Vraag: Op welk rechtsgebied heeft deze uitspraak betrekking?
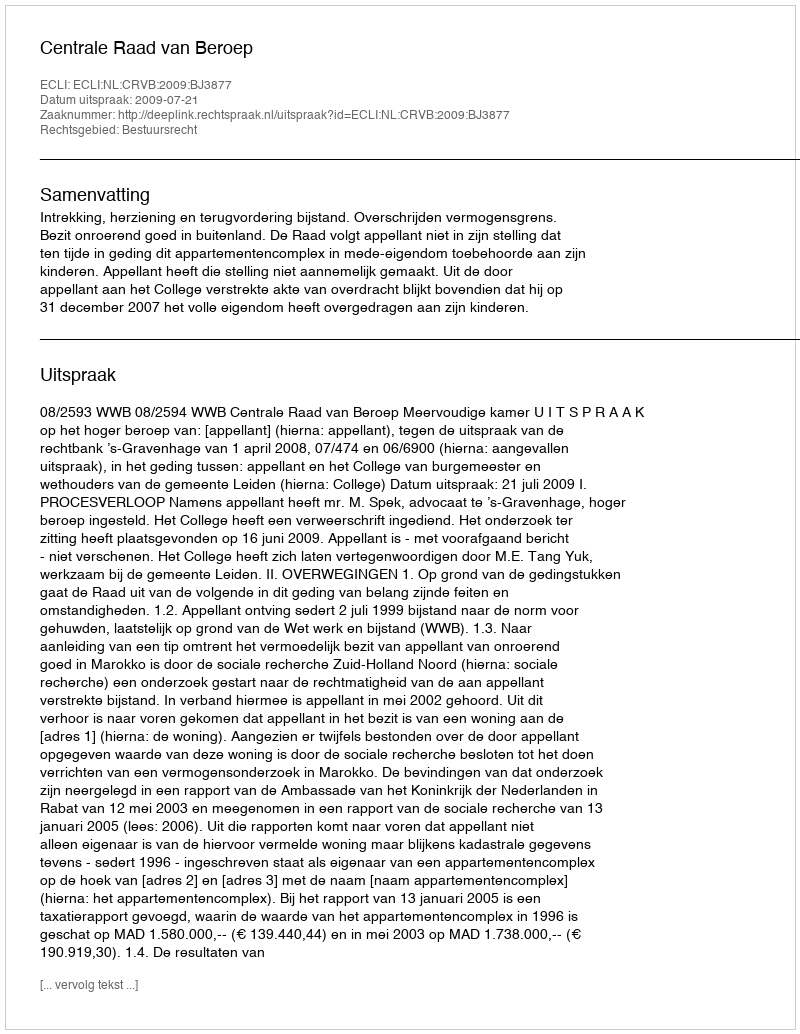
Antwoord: Bestuursrecht